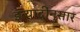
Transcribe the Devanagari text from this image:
इत्यादींनुसार